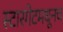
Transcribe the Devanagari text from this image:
स्टारगेटमधूनच